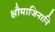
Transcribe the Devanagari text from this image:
क्षौमाजिनानि